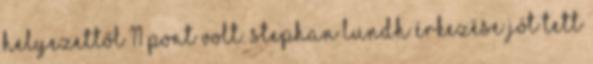
helyezettől 11 pont volt. Stephan Lundh érkezése jót tett